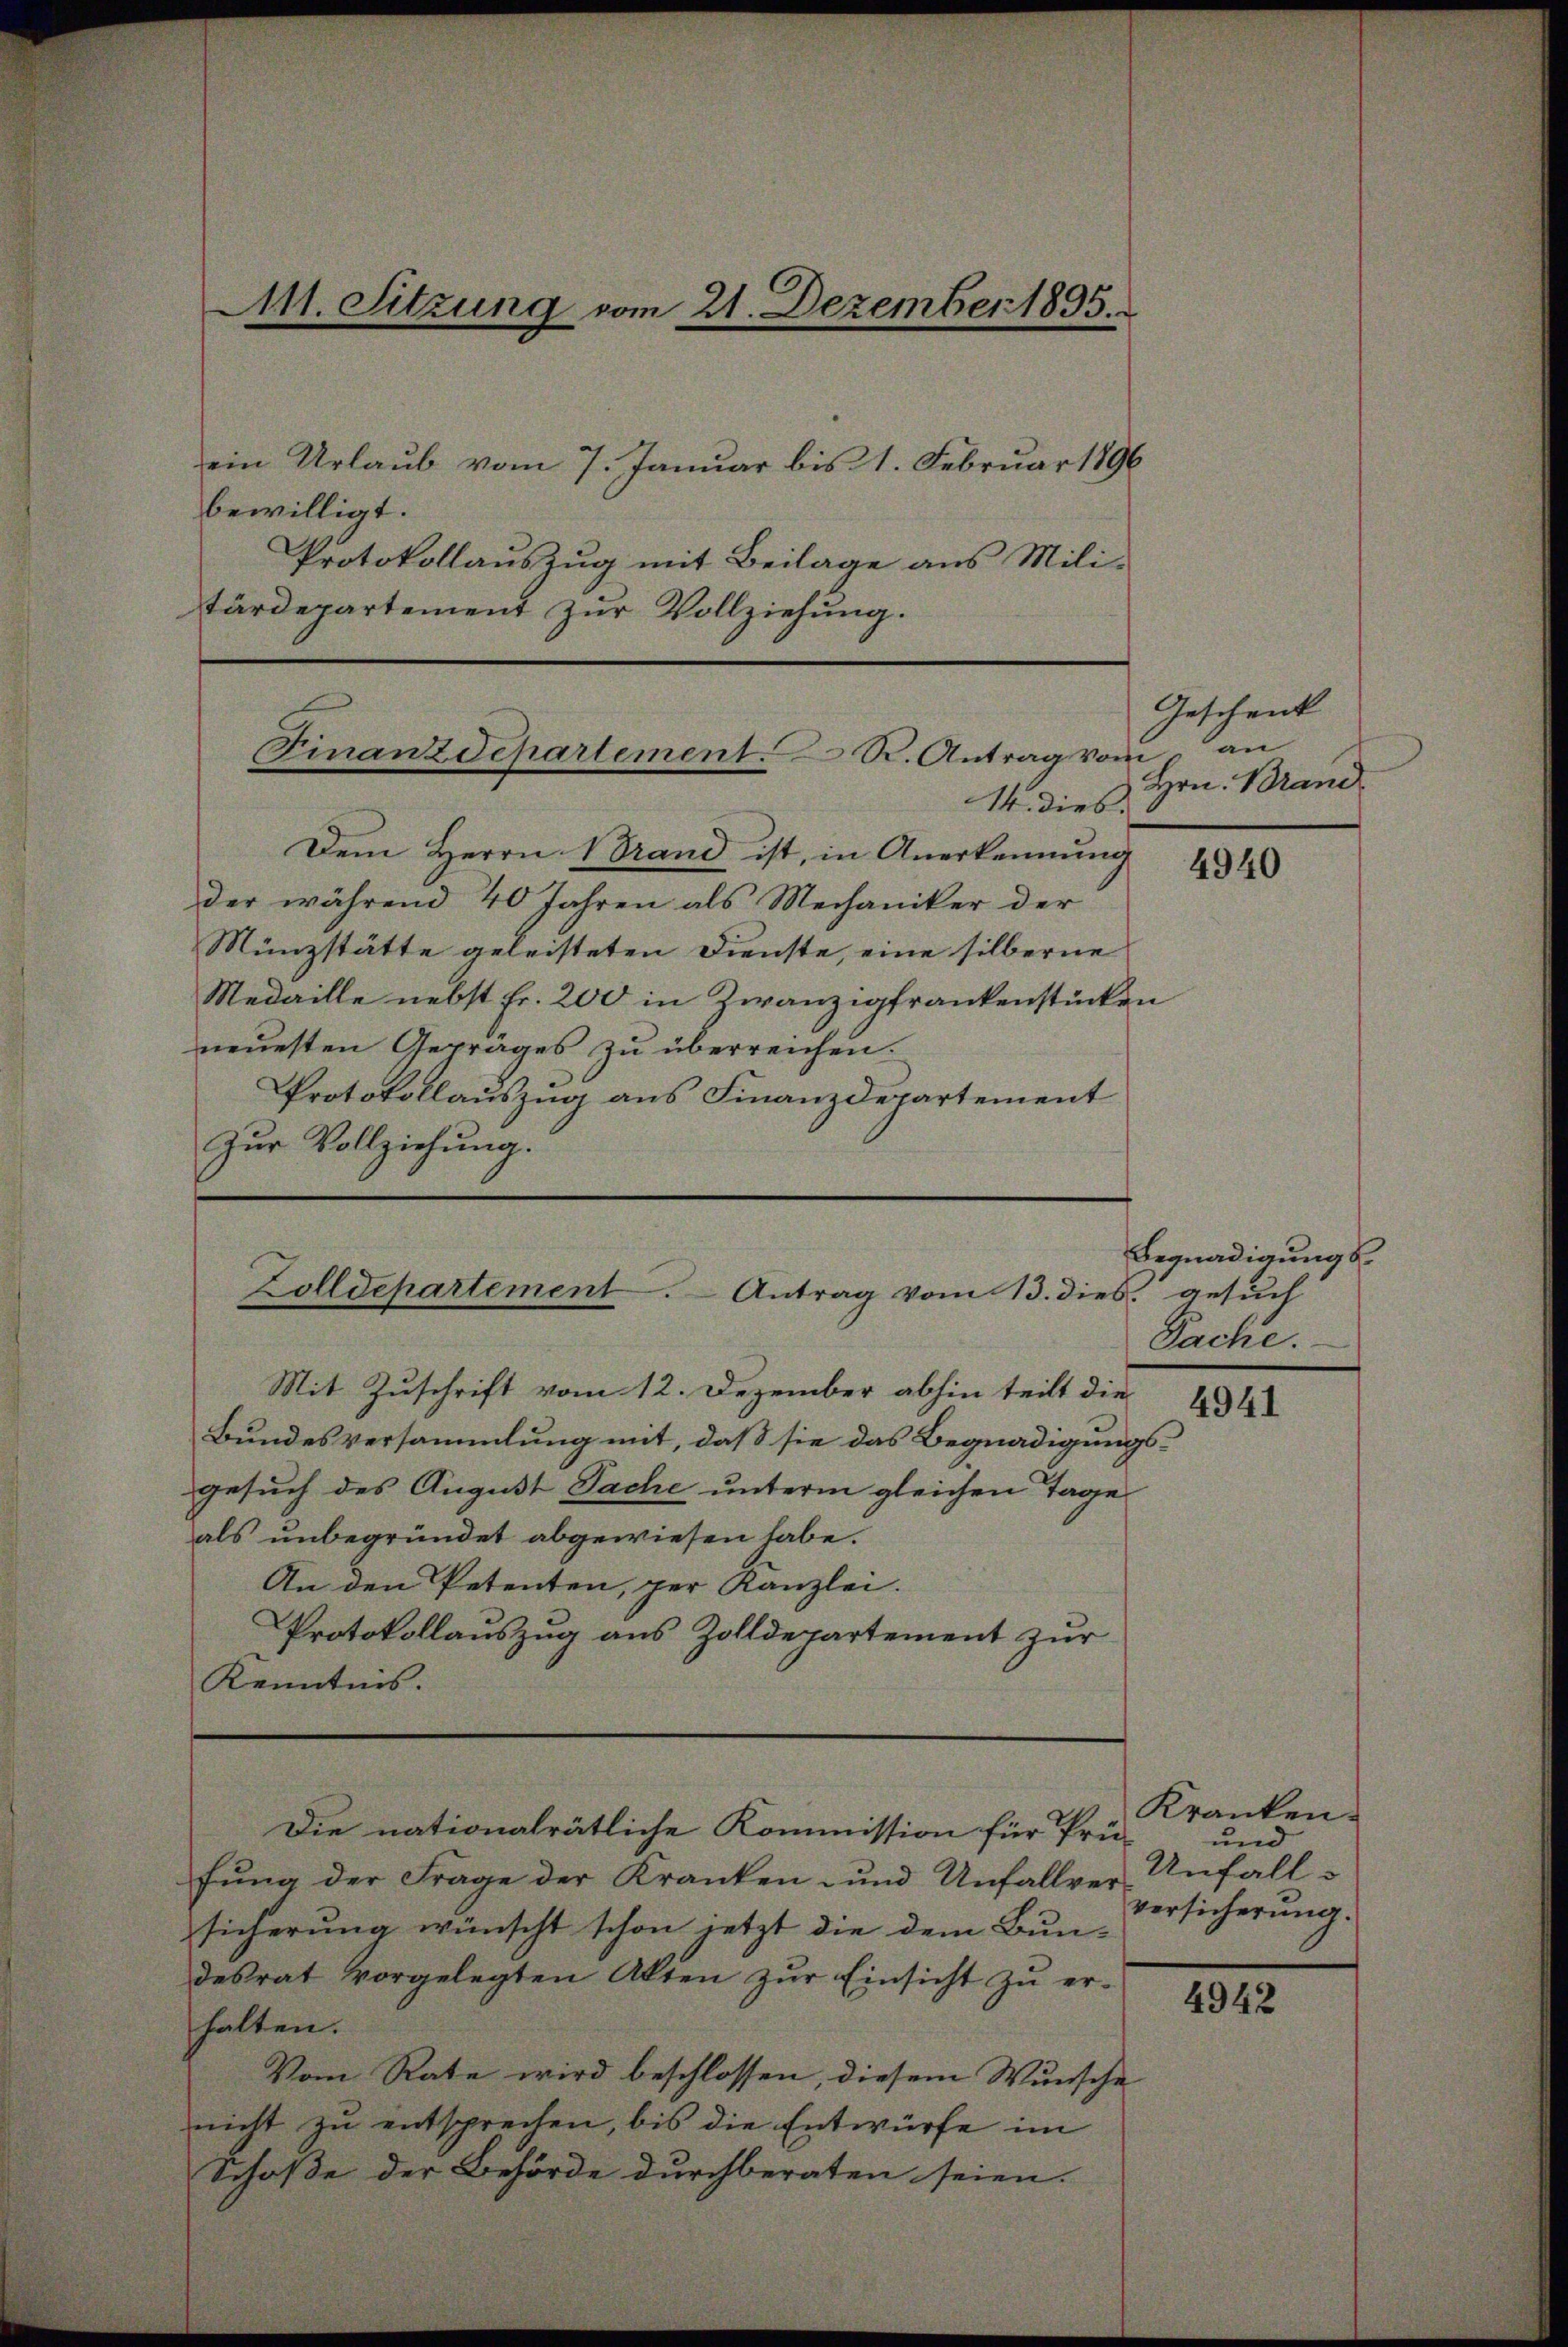
M11. Sitzung vom 21. Dezember 1895.

ein Urlaub vom 7. Januar bis 1. Februar 1896
bewilligt.
Protokollauszug mit Beilage aus Mili-
tärdepartement zur Vollziehung.

Finanzdepartement. K. Antrag vom

14. dies.

Dem Herrn Brand ist, in Anerkennung
der während 40 Jahren als Mechaniker der
Münzstätte geleisteten Dienste, eine silberne
Medaille nebst fr. 200 in Zwanzigfrankenstücken
neuesten Getrages zu überreichen.
Protokollauszug aus Finanzdepartement
Zŭr Vollziehung.

Zolldepartement. Antrag vom 13. dies. gesuch

Die nationalrätliche Kommission für Prü-

Mit Zuschrift vom 12. Dezember abhin teilt die
Bundesversammlung mit, daß sie das Begnadigungsgesuch des August Sache unterm gleichen Tage
als unbegründet abgewiesen habe.
An den Petenten, per Kanzlei.
Protokollauszug aus Zolldepartement zur
Kenntnis.

fung der Frage der Kranken- und Unfallversicherung wünscht schon jetzt die dem Bundesrat vorgelegten Akten zŭr Einsicht zŭ er-
halten.
Vom Rate wird beschlossen, diesem Wunsche
nicht zu entsprechen, bis die Entwürfe im
Schoße der Behörde durchberaten seien.

Geschenck
an
Hrn. Brand

4940

Begnadigungs
Sache.

4941

Kranken.
und
Unfall
Versicherung.

4942